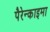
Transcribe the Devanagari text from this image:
पैरेन्काइमा